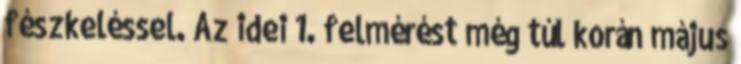
fészkeléssel. Az idei 1. felmérést még túl korán május